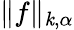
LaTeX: \| f\| _{\mathit{k},\alpha}